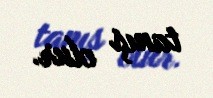
tanış olur.